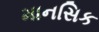
માનસિક